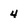
Character: 4